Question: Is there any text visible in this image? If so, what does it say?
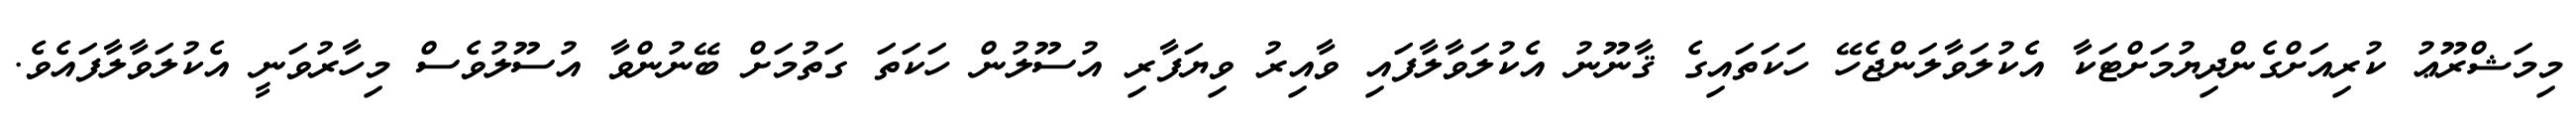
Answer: މިމަޝްރޫޢު ކުރިއަށްގެންދިޔުމަށްޓަކާ އެކުލަވާލަންޖެހޭ ހަކަތައިގެ ޤާނޫނު އެކުލަވާލާފައި ވާއިރު ވިޔަފާރި އުސޫލުން ހަކަތަ ގަތުމަށް ބޭނުންވާ އުސޫލުވެސް މިހާރުވަނީ އެކުލަވާލާފައެވެ.